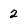
Character: 2